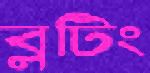
ব্লটিং